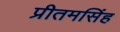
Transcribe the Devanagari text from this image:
प्रीतमसिंह